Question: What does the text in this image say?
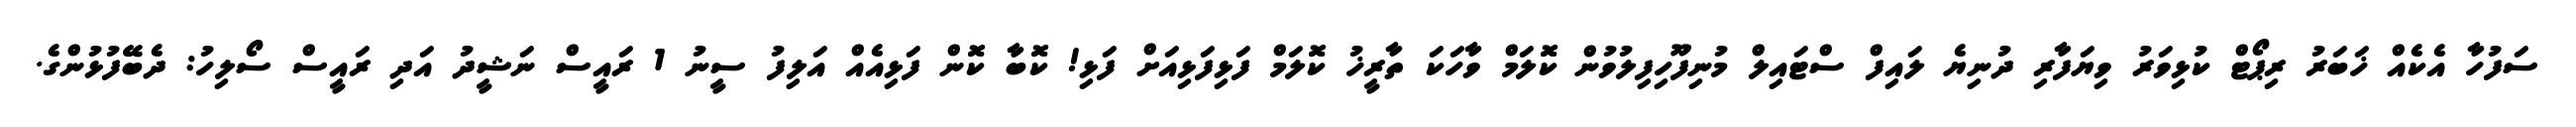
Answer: ސަފުހާ އެކެއް ޚަބަރު ރިޕޯޓް ކުޅިވަރު ވިޔަފާރި ދުނިޔެ ލައިފް ސްޓައިލް މުނިފޫހިފިލުވުން ކޮލަމް ވާހަކަ ތާރީޚު ކޮލަމް ފަޅިފަޅިއަށް ފަޅި! ކޮބާ ކޮން ފަޅިއެއް އަލިފު ސީނު 1 ރައީސް ނަޝީދު އަދި ރައީސް ސޯލިހު: ދެބޭފުޅުންގެ.